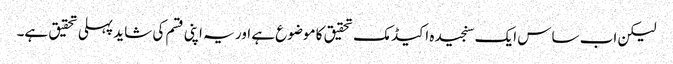
لیکن اب ساس ایک سنجیدہ اکیڈمک تحقیق کا موضوع ہے اور یہ اپنی قسم کی شاید پہلی تحقیق ہے۔